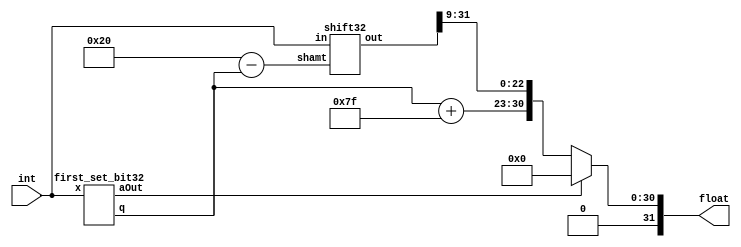
//http://www.mathcs.emory.edu/~cheung/Courses/255/Syl-ARM/5-repr/IntFloatConv.html
module int2fp32(
    input wire [31:0] int,
    output wire [31:0] float
);
    wire [4:0] first_set_bit;
    wire intEq0;
    wire [22:0] mantissa;
    wire [7:0] exp;
    first_set_bit32 first_set_bit32_inst(int, first_set_bit, intEq0);

    assign exp = {3'b000,first_set_bit} + 8'b01111111;
    wire [31:0] shifted_int;
    wire [5:0] shamt, fsb6bit;
    assign fsb6bit = {1'b0,first_set_bit};
    assign shamt = 6'd32 - fsb6bit;
    shift32 shift32_inst(int,shamt,shifted_int);

    assign mantissa = shifted_int[31:9]; 

    assign float = intEq0 ? 32'b0 : {1'b0,exp,mantissa};
endmodule

module shift32(
    input wire [31:0] in, 
    input wire [5:0] shamt,
    output reg [31:0] out
);
    always @(*) begin
        case(shamt)
            6'd0: out = in<<0;
            6'd1: out = in<<1;
            6'd2: out = in<<2;
            6'd3: out = in<<3;
            6'd4: out = in<<4;
            6'd5: out = in<<5;
            6'd6: out = in<<6;
            6'd7: out = in<<7;
            6'd8: out = in<<8;
            6'd9: out = in<<9;
            6'd10: out = in<<10;
            6'd11: out = in<<11;
            6'd12: out = in<<12;
            6'd13: out = in<<13;
            6'd14: out = in<<14;
            6'd15: out = in<<15;
            6'd16: out = in<<16;
            6'd17: out = in<<17;
            6'd18: out = in<<18;
            6'd19: out = in<<19;
            6'd20: out = in<<20;
            6'd21: out = in<<21;
            6'd22: out = in<<22;
            6'd23: out = in<<23;
            6'd24: out = in<<24;
            6'd25: out = in<<25;
            6'd26: out = in<<26;
            6'd27: out = in<<27;
            6'd28: out = in<<28;
            6'd29: out = in<<29; 
            6'd30: out = in<<30;
            6'd31: out = in<<31;
            6'd32: out = in<<32;
            default: out = in<<0;
        endcase
    end

endmodule
module int2fp32_tb();
    reg [31:0] int;
    wire [31:0] float;
    int2fp32 int2fp32_inst(int,float);  
    initial begin
        int = 32'd4;
        #10 int = 32'd546;
        #10 int = 32'd1231506;
        #10 int = 32'd52540036;
        #10
        $finish;
    end
    initial
        begin
            $dumpfile("int2fp32_tb.vcd");
            $dumpvars(0,int2fp32_tb);
            #1;
        end
    
endmodule

module first_set_bit32(
    input wire [31:0] x,
    output wire [4:0] q,
    output wire aOut
);
    wire [3:0] z0,z1;
    wire [1:0] a;
    
    first_set_bit16 lzc0(x[15:0],z0,a[0]);
    first_set_bit16 lzc1(x[31:16],z1,a[1]);
    assign aOut = a[1] && a[0];
    assign q = (a[1]) ? {1'b0,z0} : {1'b1,z1};
endmodule


module first_set_bit16_tb();
    reg [15:0] x;
    wire [3:0] q;
    wire aOut;
    first_set_bit16 DUT(x,q,aOut);  
    initial begin
        x = 16'b0000_0000_0000_0000;
        #10 x = 16'b0000_0000_0000_1000;
        #10 x = 16'b0000_0000_1000_0000;
        #10 x = 16'b0001_0000_0000_0000;
        #10
        $finish;
    end
    initial
        begin
            $dumpfile("first_set_bit16_tb.vcd");
            $dumpvars(0,first_set_bit16_tb);
            #1;
        end
    
endmodule


module first_set_bit16(
    input wire [15:0] x,
    output wire [3:0] q,
    output wire aOut
);
    wire [2:0] z0,z1;
    wire [1:0] a;
    
    first_set_bit8 lzc0(x[7:0],z0,a[0]);
    first_set_bit8 lzc1(x[15:8],z1,a[1]);
    assign aOut = a[1] && a[0];
    assign q = (a[1]) ? {1'b0,z0} : {1'b1,z1};
endmodule

module first_set_bit8(
    input wire [7:0] x,
    output wire [2:0] q,
    output wire aOut
);
    wire [1:0] z0,z1;
    wire [1:0] a;
    
    first_set_bit4 lzc0(x[3:0],z0,a[0]);
    first_set_bit4 lzc1(x[7:4],z1,a[1]);
    assign aOut = a[1] && a[0];
    assign q = (a[1]) ? {1'b0,z0} : {1'b1,z1};
endmodule


module first_set_bit8_tb();
    reg [7:0] x;
    wire [2:0] q;
    wire aOut;
    first_set_bit8 DUT(x,q,aOut);  
    initial begin
        x = 8'b0000_0100; //010
        #10 x = 8'b0000_1000; //011
        #10 x = 8'b0010_0000; //101
        #10 x = 8'b1000_0000; //111
        #10
        $finish;
    end
    initial
        begin
            $dumpfile("first_set_bit8_tb.vcd");
            $dumpvars(0,first_set_bit8_tb);
            #1;
        end
    
endmodule

module first_set_bit4_tb();
    reg [3:0] x;
    wire [1:0] q;
    wire aOut;
    first_set_bit4 DUT(x,q,aOut);  
    initial begin
        x = 16'b0000;
        #10 x = 16'b1000;
        #10 x = 16'b0000;
        #10 x = 16'b0000;
        #10
        $finish;
    end
    initial
        begin
            $dumpfile("first_set_bit4_tb.vcd");
            $dumpvars(0,first_set_bit4_tb);
            #1;
        end
    
endmodule
//Leading zero count
//https://digitalsystemdesign.in/leading-zero-counter/


module first_set_bit4(
    input wire [3:0] x,
    output wire [1:0] q,
    output wire a
);
    assign a = ~x[3] && ~x[2] && ~x[1] && ~x[0]; 
    assign q = 2'b11 - {~(x[3] || x[2]),(~x[3] && x[2]) || (~x[3] && ~x[1])};
    
endmodule